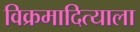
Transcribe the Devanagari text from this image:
विक्रमादित्याला